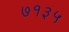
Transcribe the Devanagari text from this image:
७१३५